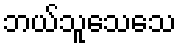
ဘယ်သူသေသေ